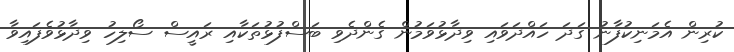
ކުރިން އެމަނިކުފާނު ގަދަ ހައްދަވައި ވިދާޅުވަމުން ގެންދެވި ބަސްފުޅުތަކާއި ރައީސް ސޯލިހު ވިދާޅުވެފައިވާ